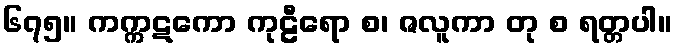
၆၇၅။ ကက္ကဋကော ကုဠီရော စ၊ ဇလူကာ တု စ ရတ္တပါ။